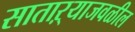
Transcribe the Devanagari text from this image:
साताऱ्याजवळील